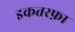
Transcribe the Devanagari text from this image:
इकतरफ़ा